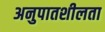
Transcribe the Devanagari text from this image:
अनुपातशीलता